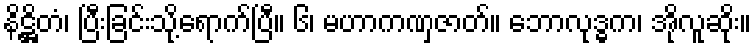
နိဋ္ဌိတံ၊ ပြီးခြင်းသို့ရောက်ပြီ။ ၆၊ မဟာကဏှဇာတ်။ ဘောလုဒ္ဓက၊ အိုလူဆိုး။